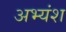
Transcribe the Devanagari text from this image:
अभ्यंश